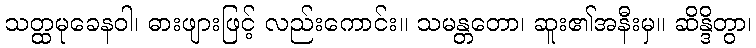
သတ္ထမုခေနဝါ၊ ဓားဖျားဖြင့် လည်းကောင်း။ သမန္တတော၊ ဆူး၏အနီးမှ။ ဆိန္ဒိတွာ၊